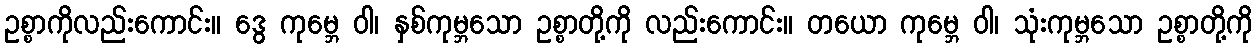
ဥစ္စာကိုလည်းကောင်း။ ဒွေ ကုမ္ဘေ ဝါ၊ နှစ်ကုမ္ဘသော ဥစ္စာတို့ကို လည်းကောင်း။ တယော ကုမ္ဘေ ဝါ၊ သုံးကုမ္ဘသော ဥစ္စာတို့ကို